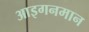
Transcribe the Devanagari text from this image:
आइगनमान